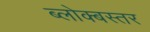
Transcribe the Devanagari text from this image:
ब्लोक्बस्तर